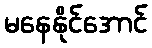
မနေနိုင်အောင်